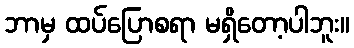
ဘာမှ ထပ်ပြောစရာ မရှိတော့ပါဘူး။